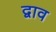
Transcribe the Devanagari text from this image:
द्वाव